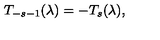
T _ { - s - 1 } ( \lambda ) = - T _ { s } ( \lambda ) ,